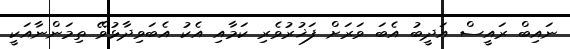
ނައިބް ރައީސް އަދީބު އެބަ ވަރަށް ފަޚުރުވެރި ކަމާއި އެކު އެބަވިދާޅުވޭ ތިމަންނާއަކީ